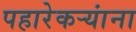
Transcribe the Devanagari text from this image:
पहारेकऱ्यांना